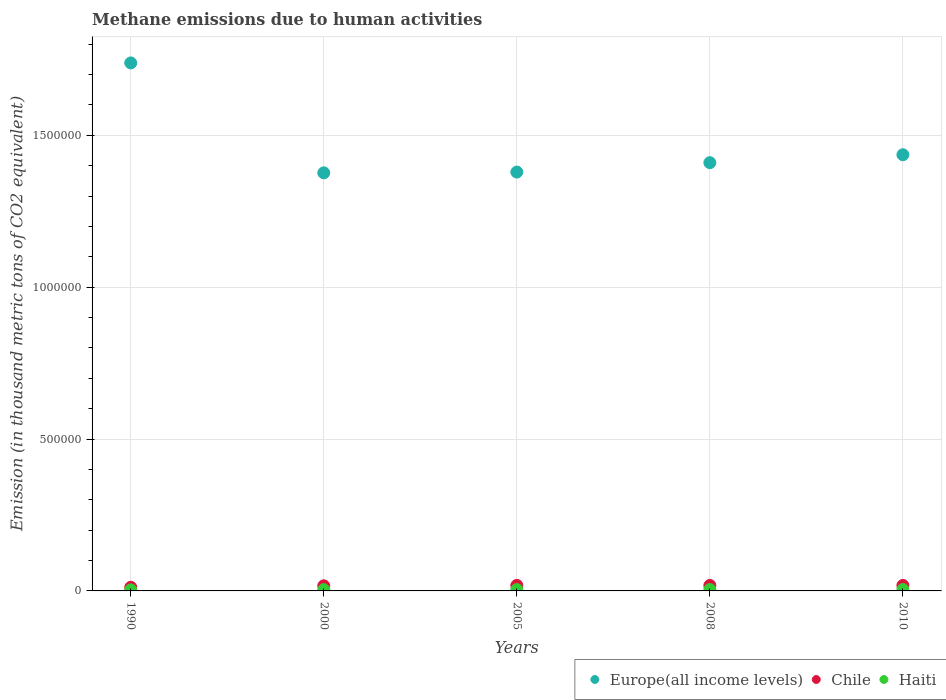
| Years | Europe(all income levels) | Chile | Haiti |
 | --- | --- | --- | --- |
 | 1990 | 1.74e+06 | 1.2e+04 | 3.31e+03 |
 | 2000 | 1.38e+06 | 1.69e+04 | 4.13e+03 |
 | 2005 | 1.38e+06 | 1.82e+04 | 4.26e+03 |
 | 2008 | 1.41e+06 | 1.8e+04 | 4.49e+03 |
 | 2010 | 1.44e+06 | 1.8e+04 | 4.5e+03 |